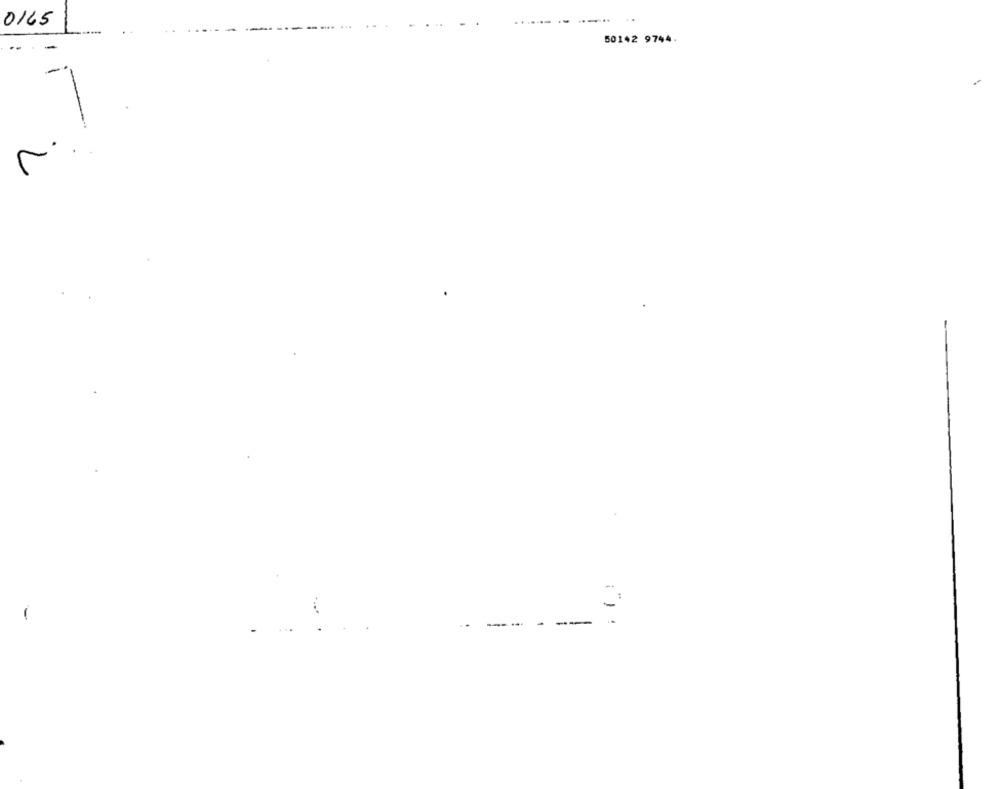
0165
50142 9744.
-
V
-- -
--